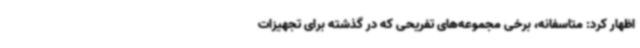
اظهار کرد: متاسفانه، برخی مجموعه‌های تفریحی که در گذشته برای تجهیزات